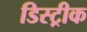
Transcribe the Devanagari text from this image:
डिस्ट्रीक